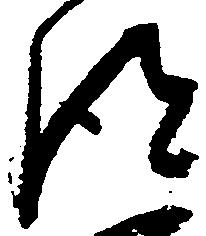
得